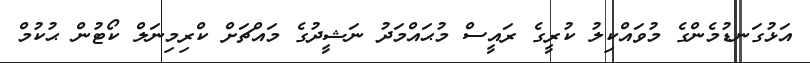
އަޅުގަނޑުމެންގެ މުވައްކިލު ކުރީގެ ރައީސް މުޙައްމަދު ނަޝީދުގެ މައްޗަށް ކްރިމިނަލް ކޯޓުން ޙުކުމް